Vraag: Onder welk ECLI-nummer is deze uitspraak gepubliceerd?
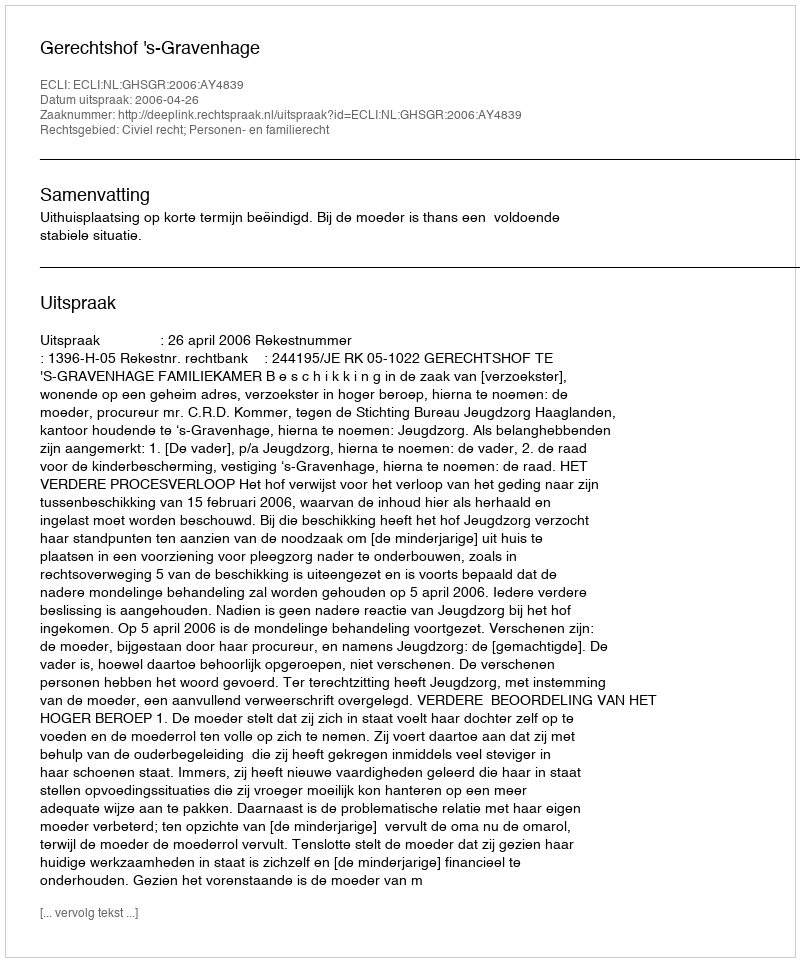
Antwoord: ECLI:NL:GHSGR:2006:AY4839